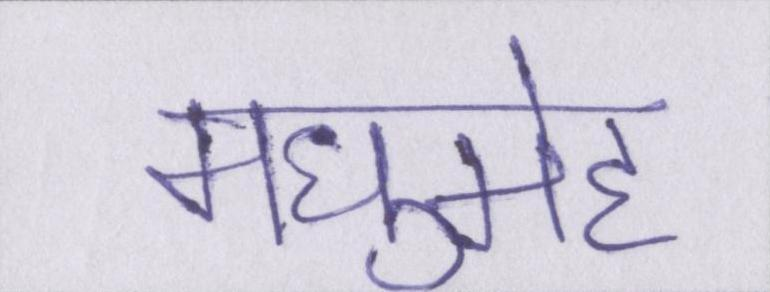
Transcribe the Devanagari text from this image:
मधुमेह